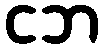
ငဘ